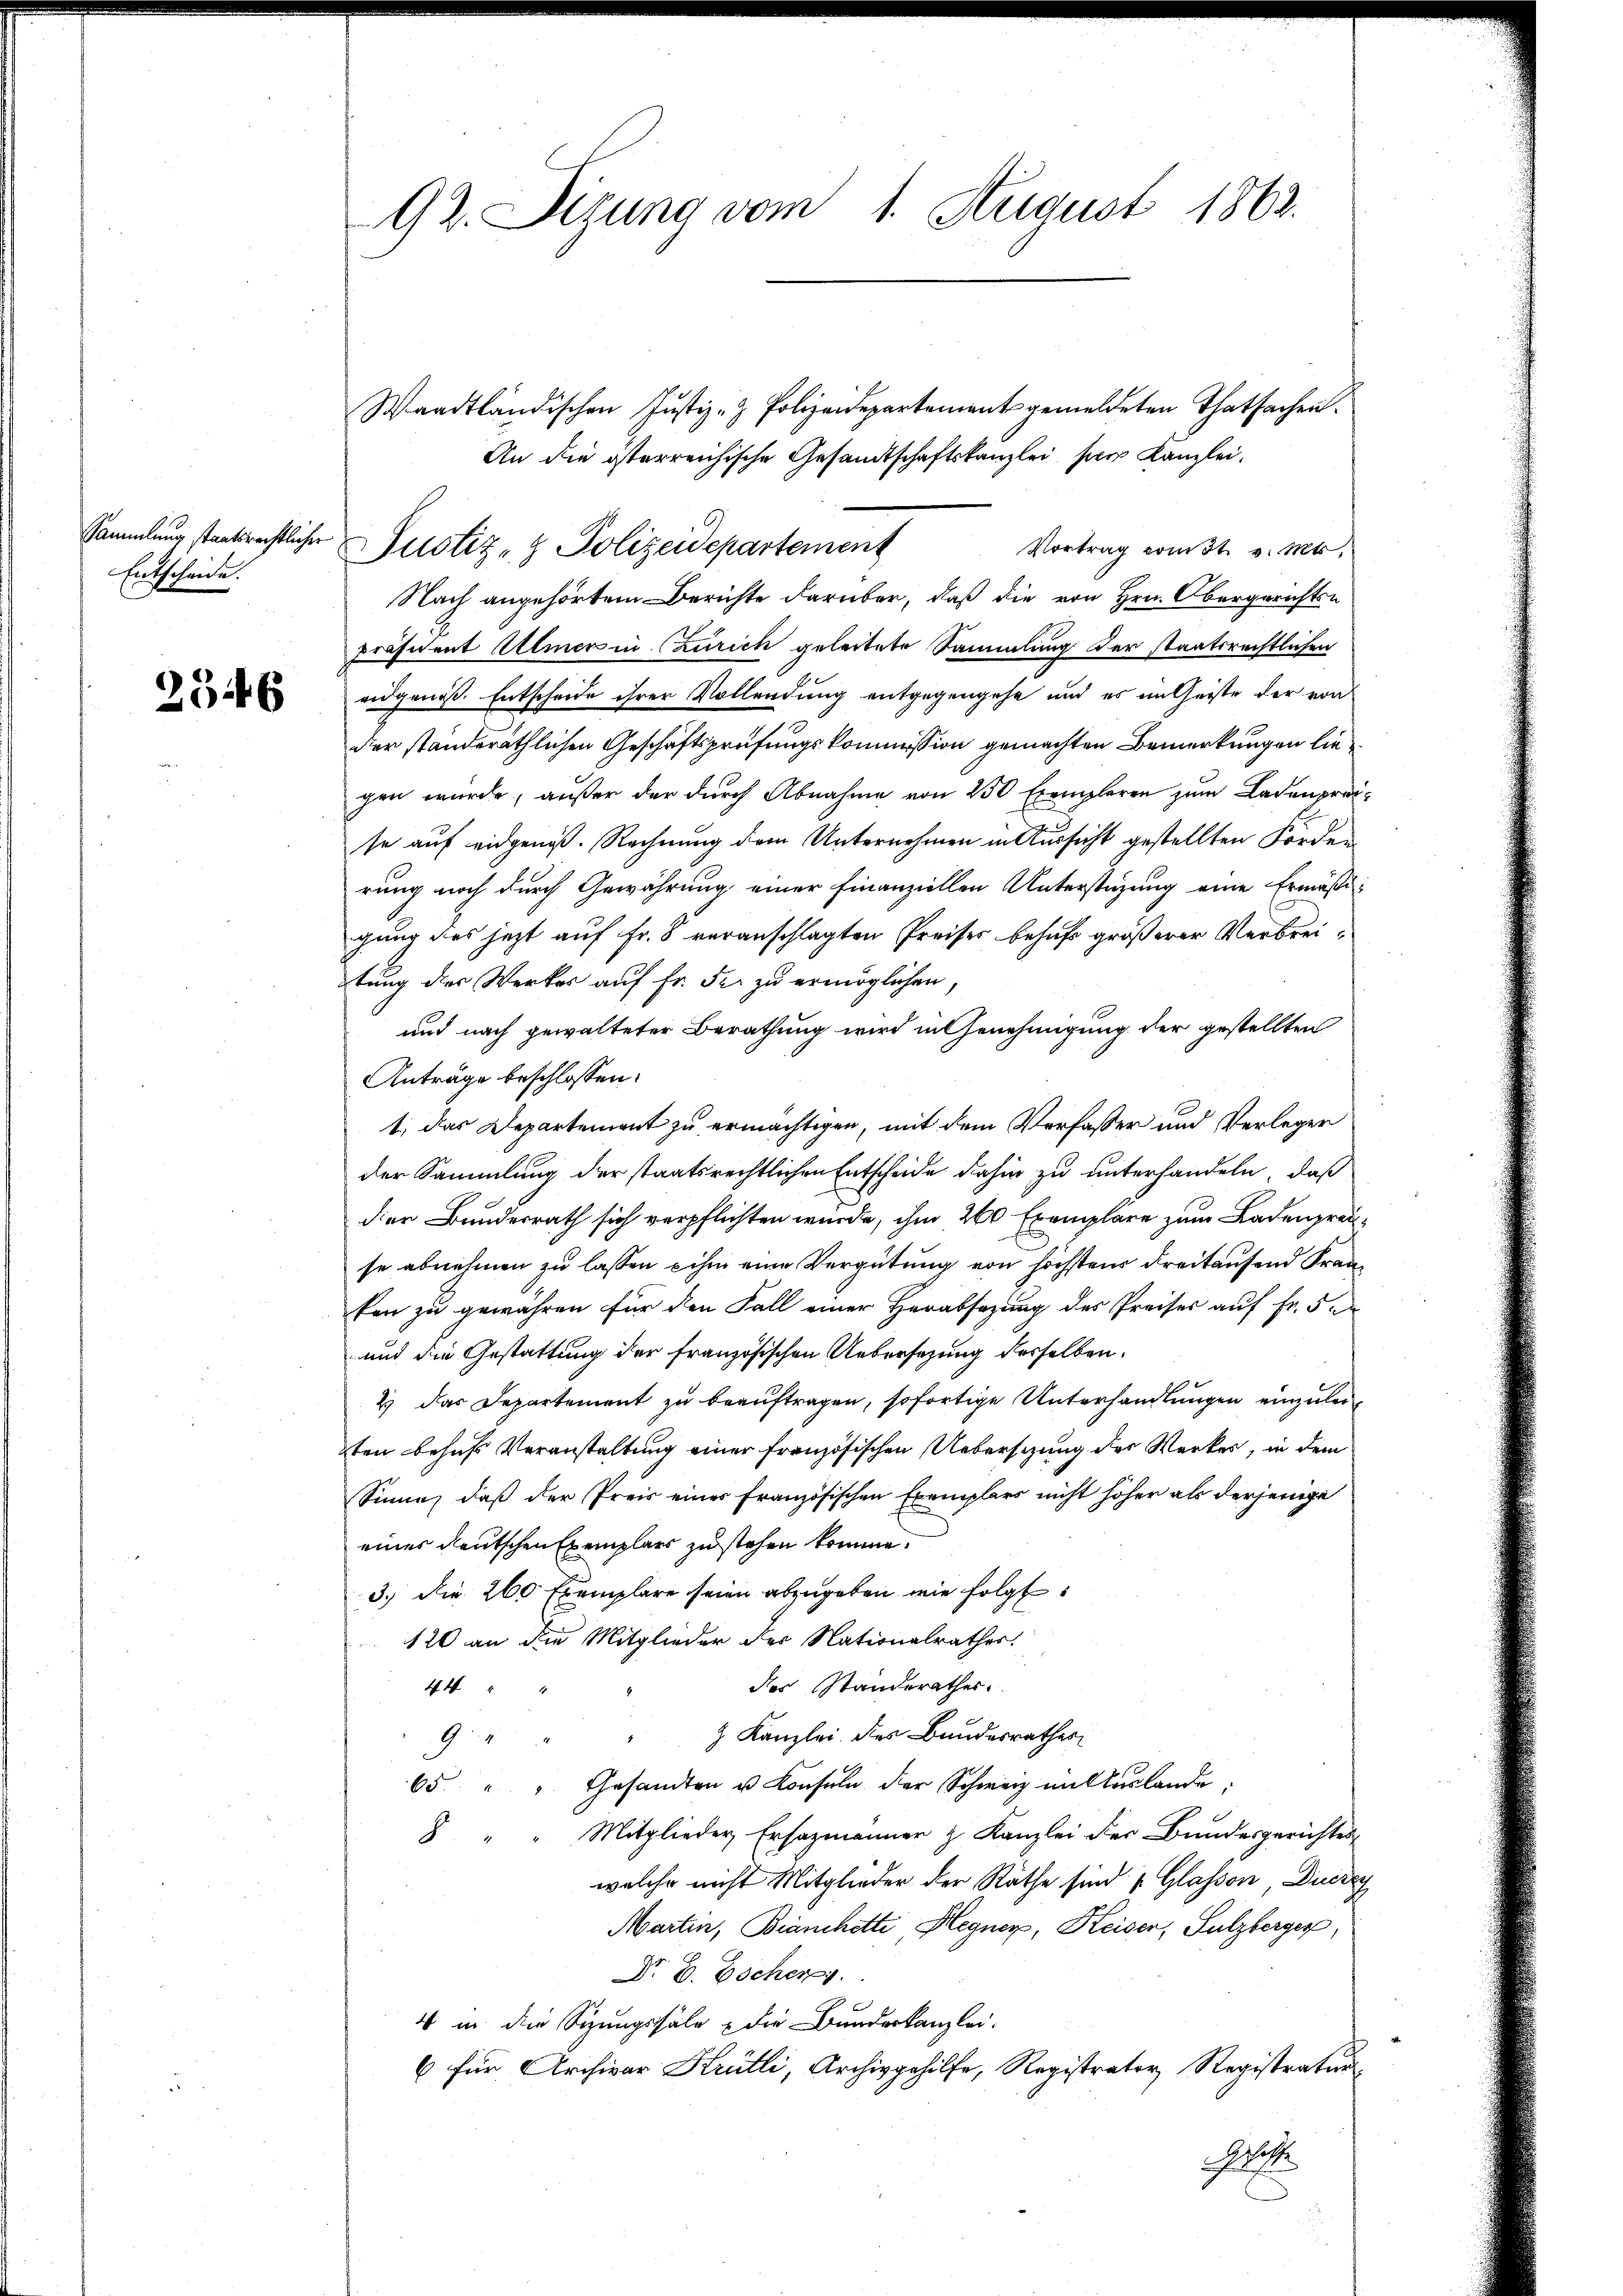
Entscheide.

92. Sizung vom 1. August 1862.

Waadtländischen Justiz- & Polizeidepartement gemeldeten Thatsachen.
An die österreichische Gesandtschaftskanzlei per Kanzlei.
Vortrag vom st. v. Mts.
Nach angehörtem Berichte darüber, daß die von Hrn. Obergerichts-
Präsident Allmer in (Zürich geleitete Sammlung der staatsrechtlichen
 eidgenoß. Entscheide ihrer Vollendung entgegengehe und es im Geiste der von
der standeräthlichen Geschäftsprüfungskommission gemachten Bemerkungen liegen wurde, außer der durch Abnahme von 250 Exemplaren zum Ladenprose auf eidgenoß. Rechnung dem Unternehmen in Aussicht gestellten Forden
rung noch durch Gewährung einer Finanziellen Unterstüzung eine Ermäßigung des jetzt auf Fr. 8 veranschlagten Preises behufs größerer Verbreitung der Werkes auf Fr. Fr. zu ermöglichen,
und nach gewalteter Berathung wird in Genehmigung der gestellten
Anträge beschlossen:
1.) das Departement zu ermächtigen, mit dem Verfasser und Verleger
der Sammlung der staatsrechtlichen Entscheide dahin zu unterhandeln, daß
der Bundesrath sich verpflichten wurde, ihm 200 Exemplare zum Ladenpreise abnehmen zu lassen ihm eine Vergütung von höchstens dreitaufend Franken zu gewähren für den Fall einer Herabsazung des Preises auf Fr. 5
und die Gestattung der französischen Uebersezung desselben.
2) das Departement zu beauftragen, sofortige Unterhandlungen einzuleiten behufs Veranstaltung einer französischen Uebersezung des Werkes, in dem
Sinne, daß der Preis einer Französischen Exemplars nicht höher als derjenige
eines deutschen Exemplars zustehen komme.
3.) Die 200 Exemplare seien abzugeben, wie folgt
120 an die Mitglieder der Nationalrathes.
des Ständerathes.
44 " "
" Kanzlei des Bundesrathes
9
65 " " Gesandten u. Konsuln der Schweiz in Auslande;
Mitglieder Ersazmänner z. Kanzlei der Bundesgerichtes
8
welche nicht Mitglieder der Räthe sind 1 Glasson, Diese
Martin, Bianchette Hegner, Keiser, Sulzberger,
Dr E. Eschen.
4 in die Sizungssäle & die Bundeskanzlei-
6 für Archivar Krütli, Archivgehilfe, Registrator Registratur
e

Sammlung staatsrechtlicher Justiz- & Polizeidepartement